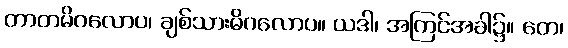
တာတမိဂလောပ၊ ချစ်သားမိဂလောပ။ ယဒါ၊ အကြင်အခါ၌။ တေ၊